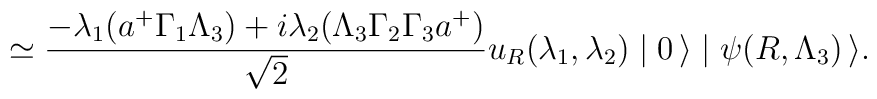
\simeq \frac{-\lambda_1(a^+ \Gamma_1 \Lambda_3) + i\lambda_2 (\Lambda_3 \Gamma_2 \Gamma_3 a^+)}{\sqrt{2}} u_R (\lambda_1, \lambda_2)  \mid 0 \, \rangle \mid \psi (R, \Lambda_3) \, \rangle.